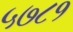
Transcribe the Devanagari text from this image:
५७८१